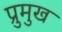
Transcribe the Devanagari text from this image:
प्रुमुख